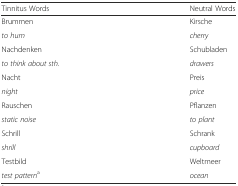
| Tinnitus Words | Neutral Words |
 | --- | --- |
 | Brummen | Kirsche |
 | to hum | cherry |
 | Nachdenken | Schubladen |
 | to think about sth. | drawers |
 | Nacht | Preis |
 | night | price |
 | Rauschen | Pflanzen |
 | static noise | to plant |
 | Schrill | Schrank |
 | shrill | cupboard |
 | Testbild | Weltmeer |
 | test patterna | ocean |